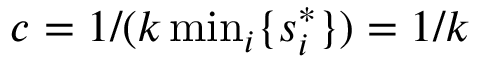
c = 1 / ( k \, \mathrm { m i n } _ { i } \{ s _ { i } ^ { * } \} ) = 1 / k